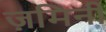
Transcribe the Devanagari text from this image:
ज़मिनी